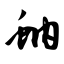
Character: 蚋